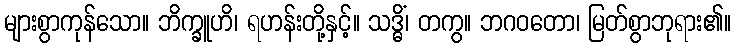
များစွာကုန်သော။ ဘိက္ခူဟိ၊ ရဟန်းတို့နှင့်။ သဒ္ဓိံ၊ တကွ။ ဘဂဝတော၊ မြတ်စွာဘုရား၏။